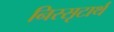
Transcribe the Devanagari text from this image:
निस्सृटार्थ